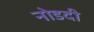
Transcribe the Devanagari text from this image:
नोडदी